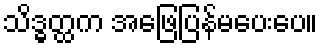
သိဒ္ဓတ္ထက အဖြေပြန်မပေးပေ။